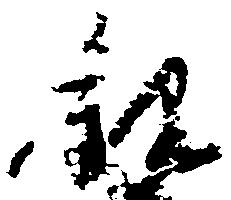
観